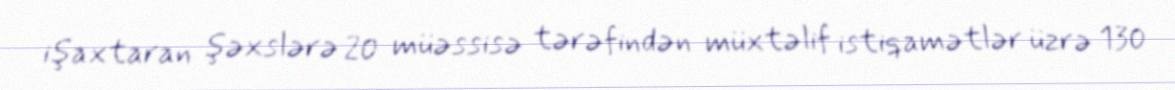
işaxtaran şəxslərə 20 müəssisə tərəfindən müxtəlif istiqamətlər üzrə 130